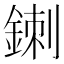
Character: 𲇐